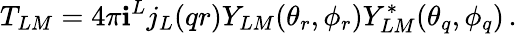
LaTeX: T_{LM}=4\pi\mathbf{i}^{L}j_{L}{(qr)}Y_{LM}{(\theta_{r},\phi_{r})}Y_{LM}^{*}{(\theta_{q},\phi_{q})}\, .